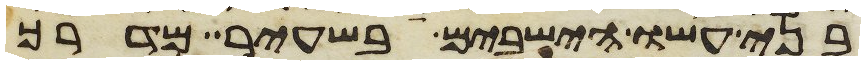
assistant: בני עשו הישבים בשעיר מדרך